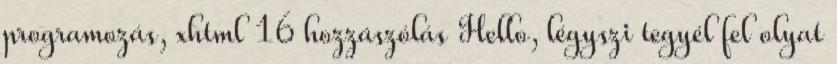
programozás, xhtml 16 hozzászólás Hello, légyszi tegyél fel olyat